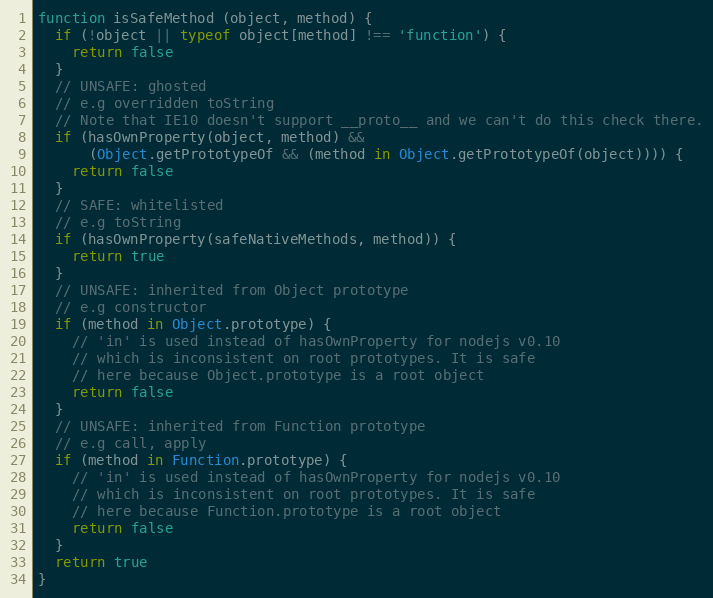
Language: JavaScript
function isSafeMethod (object, method) {
  if (!object || typeof object[method] !== 'function') {
    return false
  }
  // UNSAFE: ghosted
  // e.g overridden toString
  // Note that IE10 doesn't support __proto__ and we can't do this check there.
  if (hasOwnProperty(object, method) &&
      (Object.getPrototypeOf && (method in Object.getPrototypeOf(object)))) {
    return false
  }
  // SAFE: whitelisted
  // e.g toString
  if (hasOwnProperty(safeNativeMethods, method)) {
    return true
  }
  // UNSAFE: inherited from Object prototype
  // e.g constructor
  if (method in Object.prototype) {
    // 'in' is used instead of hasOwnProperty for nodejs v0.10
    // which is inconsistent on root prototypes. It is safe
    // here because Object.prototype is a root object
    return false
  }
  // UNSAFE: inherited from Function prototype
  // e.g call, apply
  if (method in Function.prototype) {
    // 'in' is used instead of hasOwnProperty for nodejs v0.10
    // which is inconsistent on root prototypes. It is safe
    // here because Function.prototype is a root object
    return false
  }
  return true
}